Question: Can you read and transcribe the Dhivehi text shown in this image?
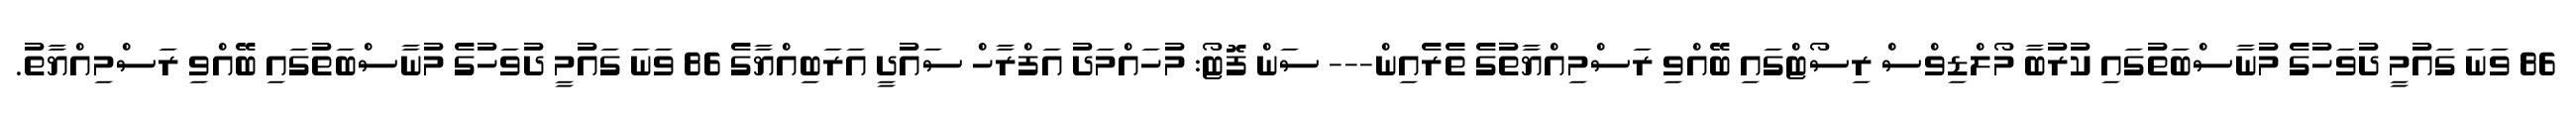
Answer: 86 ވަނަ ގައުމީ ދުވަހުގެ މުނާސްބަތުގައި ކުރުބާ މޯލްޑިވްސް ރިސޯޓްގައި ބޭއްވި ރަސްމިއްޔާތުގެ ތެރެއިން--- ސަން ފޮޓޯ: މުހައްމަދު އަފްރާހް ސައުދީ އަރަބިއްޔާގެ 86 ވަނަ ގައުމީ ދުވަހުގެ މުނާސްބަތުގައި ބޭއްވި ރަސްމިއްޔާތު.